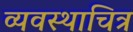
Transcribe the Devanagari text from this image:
व्यवस्थाचित्र